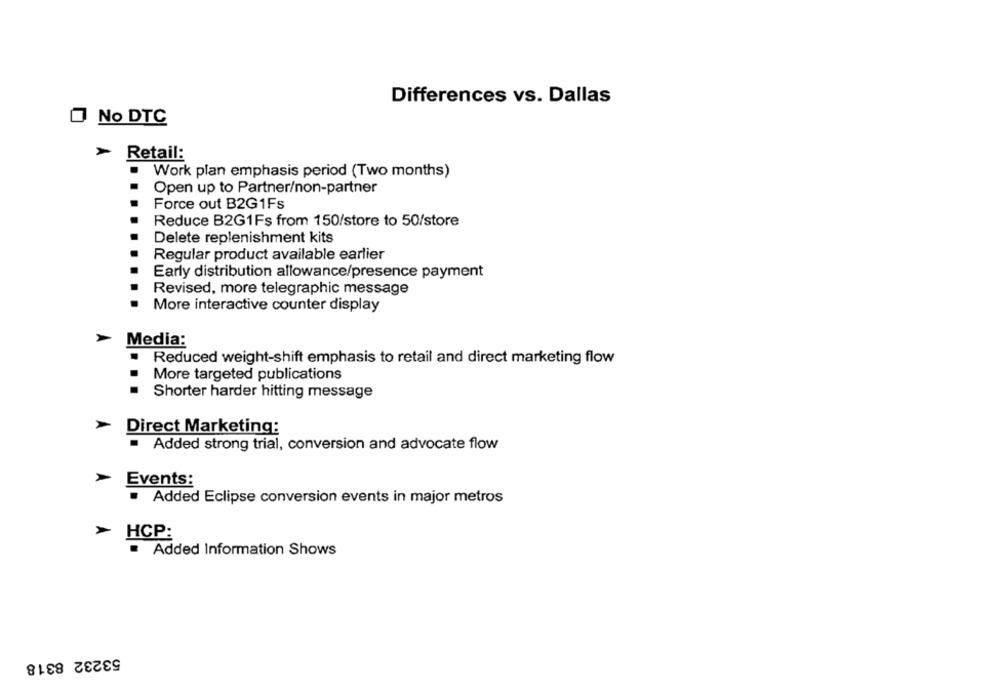
Differences vs. Dallas
No DTC
Retail:
Work plan emphasis period (Two months)
Open up to Partner/non-partner
Force out B2G1Fs
Reduce B2G1Fs from 150/store to 50/store
Delete replenishment kits
Regular product available earlier
Early distribution allowance/presence payment
Revised, more telegraphic message
More interactive counter display
Media:
Reduced weight-shift emphasis to retail and direct marketing flow
More targeted publications
..
Shorter harder hitting message
Direct Marketing:
Added strong trial, conversion and advocate flow
Events:
· Added Eclipse conversion events in major metros
-
HCP:
Added Information Shows
53232 8318